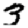
Digit: 3